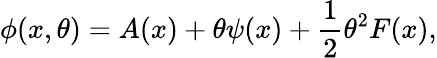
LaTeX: \phi(x,\theta)=A(x)+\theta\psi(x)+{\frac{1}{2}}\theta^{2}F(x),